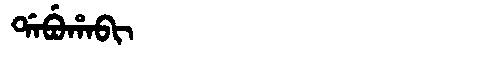
Manchu: ᡩᠠᠪᡠᡥᠠᠪᡳ
Romanization: DABUHABI